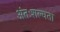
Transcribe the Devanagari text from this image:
अंतःशल्यता